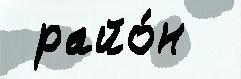
 райо́н